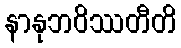
နာနုဘဝိဿတီတိ